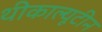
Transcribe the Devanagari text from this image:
थीकाल्यूटीन